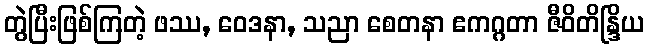
တွဲပြီးဖြစ်ကြတဲ့ ဖဿ, ဝေဒနာ, သညာ စေတနာ ဧကဂ္ဂတာ ဇီဝိတိန္ဒြိယ